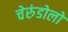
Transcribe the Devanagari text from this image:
चेरुंडोलो